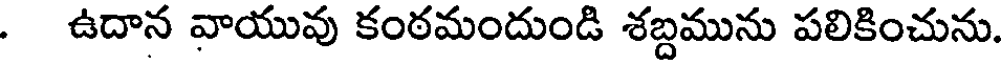
. ఉదాన వాయువు కంఠమందుండి శబ్దమును పలికించును.